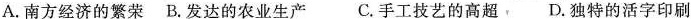
A.南方经济的繁荣 B.发达的农业生产 C.手工技艺的高超 D.独特的活字印刷